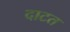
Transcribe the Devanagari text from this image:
दाटत